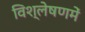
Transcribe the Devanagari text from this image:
विश्लेषणमें